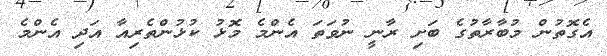
އެގޮތުން މުބާރާތުގެ ބަށި ރާނީ ނުވަތަ އެންމެ މޮޅު ކުޅުންތެރިއާ އަދި އެެންމެ